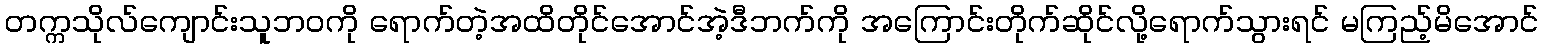
တက္ကသိုလ်ကျောင်းသူဘဝကို ရောက်တဲ့အထိတိုင်အောင်အဲ့ဒီဘက်ကို အကြောင်းတိုက်ဆိုင်လို့ရောက်သွားရင် မကြည့်မိအောင်